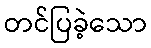
တင်ပြခဲ့သော